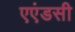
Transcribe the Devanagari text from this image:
एएंडसी